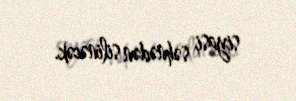
siyasi səhnədən silinəcək.